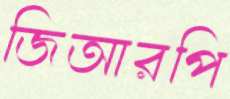
জিআরপি